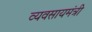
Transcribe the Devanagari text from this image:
व्यवसायमंत्री